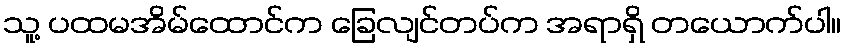
သူ့ ပထမအိမ်ထောင်က ခြေလျင်တပ်က အရာရှိ တယောက်ပါ။